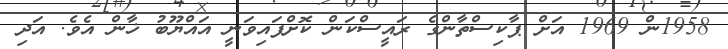
1958ން 1969 އަށް ޕާކިސްތާންގެ ރައީސްކަން ކޮށްފައިވަނީ އައްޔޫބު ޚާން އެވެ. އަދި